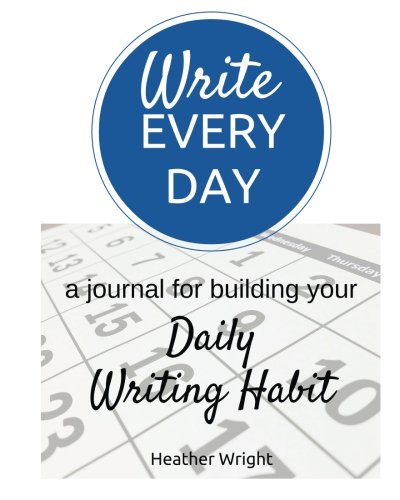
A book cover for Write Every Day: a journal for building your Daily Writing Habit; Heather Wright; Self-Help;